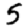
Digit: 5